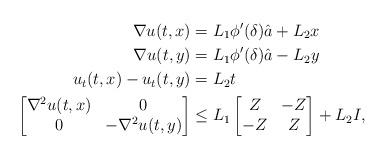
LaTeX: \begin{align*}\nabla u(t,x)&=L_1\phi'(\delta)\hat a+L_2x\\\nabla u(t,y)&=L_1\phi'(\delta)\hat a-L_2y\\u_t(t,x)-u_t(t,y)&= L_2t \\\begin{bmatrix}\nabla^2u(t,x) & 0 \\0 & -\nabla^2u(t,y) \end{bmatrix} & \le L_1 \begin{bmatrix} Z& -Z \\-Z&Z \end{bmatrix} + L_2 I,\end{align*}